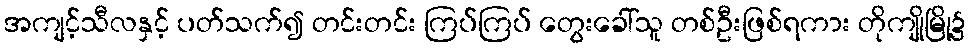
အကျင့်သီလနှင့် ပတ်သက်၍ တင်းတင်း ကြပ်ကြပ် တွေးခေါ်သူ တစ်ဦးဖြစ်ရကား တိုကျိုမြို့၌